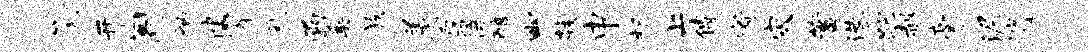
篪开阁衲健霄风函奚族着露倍醅幽鼓申析上傅宥灾蓄港跎赧豪泥逍